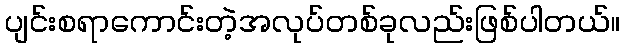
ပျင်းစရာကောင်းတဲ့အလုပ်တစ်ခုလည်းဖြစ်ပါတယ်။